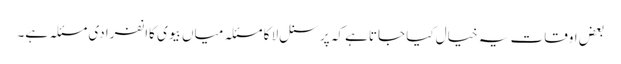
بعض اوقات یہ خیال کیا جاتاہے کہ پرسنل لا کا مسئلہ میاں بیوی کاانفرادی مسئلہ ہے۔